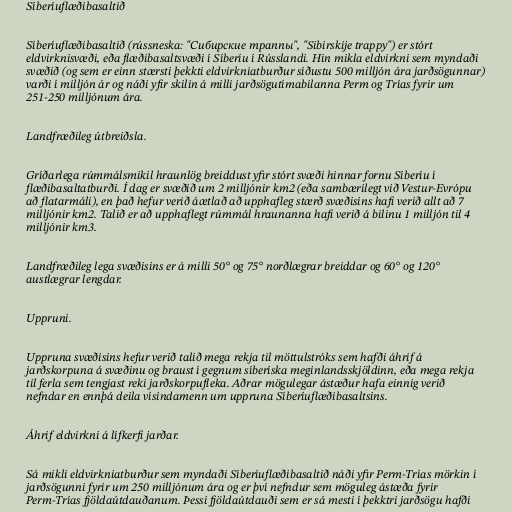
Síberíuflæðibasaltið

Síberíuflæðibasaltið (rússneska: "Сибирские траппы", "Sibirskije trappy") er stórt
eldvirknisvæði, eða flæðibasaltsvæði í Síberíu í Rússlandi. Hin mikla eldvirkni sem myndaði
svæðið (og sem er einn stærsti þekkti eldvirkniatburður síðustu 500 milljón ára jarðsögunnar)
varði í milljón ár og náði yfir skilin á milli jarðsögutímabilanna Perm og Trías fyrir um
251-250 milljónum ára.

Landfræðileg útbreiðsla.

Gríðarlega rúmmálsmikil hraunlög breiddust yfir stórt svæði hinnar fornu Síberíu í
flæðibasaltatburði. Í dag er svæðið um 2 milljónir km2 (eða sambærilegt við Vestur-Evrópu
að flatarmáli), en það hefur verið áætlað að upphafleg stærð svæðisins hafi verið allt að 7
milljónir km2. Talið er að upphaflegt rúmmál hraunanna hafi verið á bilinu 1 milljón til 4
milljónir km3.

Landfræðileg lega svæðisins er á milli 50° og 75° norðlægrar breiddar og 60° og 120°
austlægrar lengdar.

Uppruni.

Uppruna svæðisins hefur verið talið mega rekja til möttulstróks sem hafði áhrif á
jarðskorpuna á svæðinu og braust í gegnum síberíska meginlandsskjöldinn, eða mega rekja
til ferla sem tengjast reki jarðskorpufleka. Aðrar mögulegar ástæður hafa einnig verið
nefndar en ennþá deila vísindamenn um uppruna Síberíuflæðibasaltsins.

Áhrif eldvirkni á lífkerfi jarðar.

Sá mikli eldvirkniatburður sem myndaði Síberíuflæðibasaltið náði yfir Perm-Trías mörkin í
jarðsögunni fyrir um 250 milljónum ára og er því nefndur sem möguleg ástæða fyrir
Perm-Trías fjöldaútdauðanum. Þessi fjöldaútdauði sem er sá mesti í þekktri jarðsögu hafði